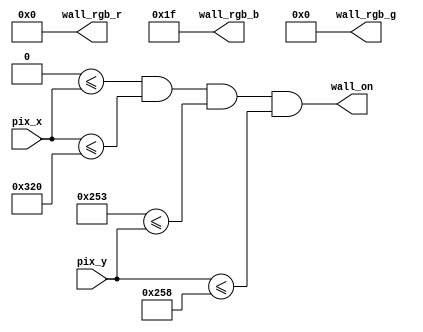
`timescale 1ns / 1ps
//////////////////////////////////////////////////////////////////////////////////

//
//////////////////////////////////////////////////////////////////////////////////
module wall

#(
parameter TOP=595,
parameter BOTTEM=600,
parameter LEFT=0,
parameter RIGHT=800
)


(
output  wall_on,
output  [4:0]wall_rgb_r , wall_rgb_b,
output  [5:0]wall_rgb_g,
input [10:0]pix_x,pix_y
    );



assign wall_rgb_r = 5'b00000;
assign wall_rgb_g = 6'b000000;
assign wall_rgb_b = 5'b11111;

assign wall_on = (LEFT <= pix_x) 
					  && (pix_x <= RIGHT) 
					  && (TOP <= pix_y) 
					  && (pix_y <= BOTTEM);	
		
		
endmodule